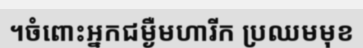
។ចំពោះអ្នកជម្ងឺមហារីក ប្រឈមមុខ